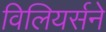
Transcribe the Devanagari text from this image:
विलियर्सने